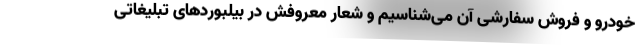
خودرو و فروش سفارشی آن می‌شناسیم و شعار معروفش در بیلبوردهای تبلیغاتی